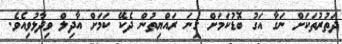
ދަތުރުތަކަށް ނަގާ އަގު ބޮޑުކަމަށް ގިނަ ރައްޔިތުން ދެކޭ ކަމަށް އާދިލް ވިދާޅުވިއެވެ.